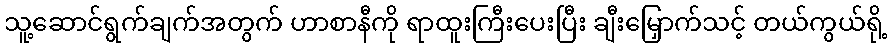
သူ့ဆောင်ရွက်ချက်အတွက် ဟာစာနီကို ရာထူးကြီးပေးပြီး ချီးမြှောက်သင့် တယ်ကွယ်ရို့